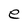
Character: e